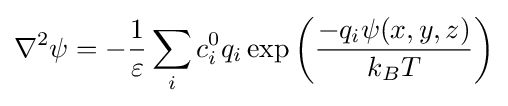
\nabla ^{2}\psi =-{\frac {1}{\varepsilon }}\sum _{i}c_{i}^{0}q_{i}\exp \left({\frac {-q_{i}\psi (x,y,z)}{k_{B}T}}\right)